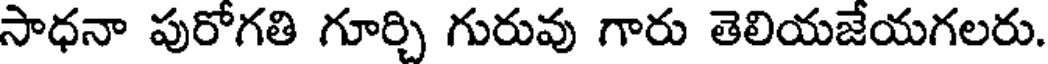
సాధనా పురోగతి గూర్చి గురువు గారు తెలియజేయగలరు.